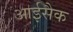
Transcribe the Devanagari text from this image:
आईसैक